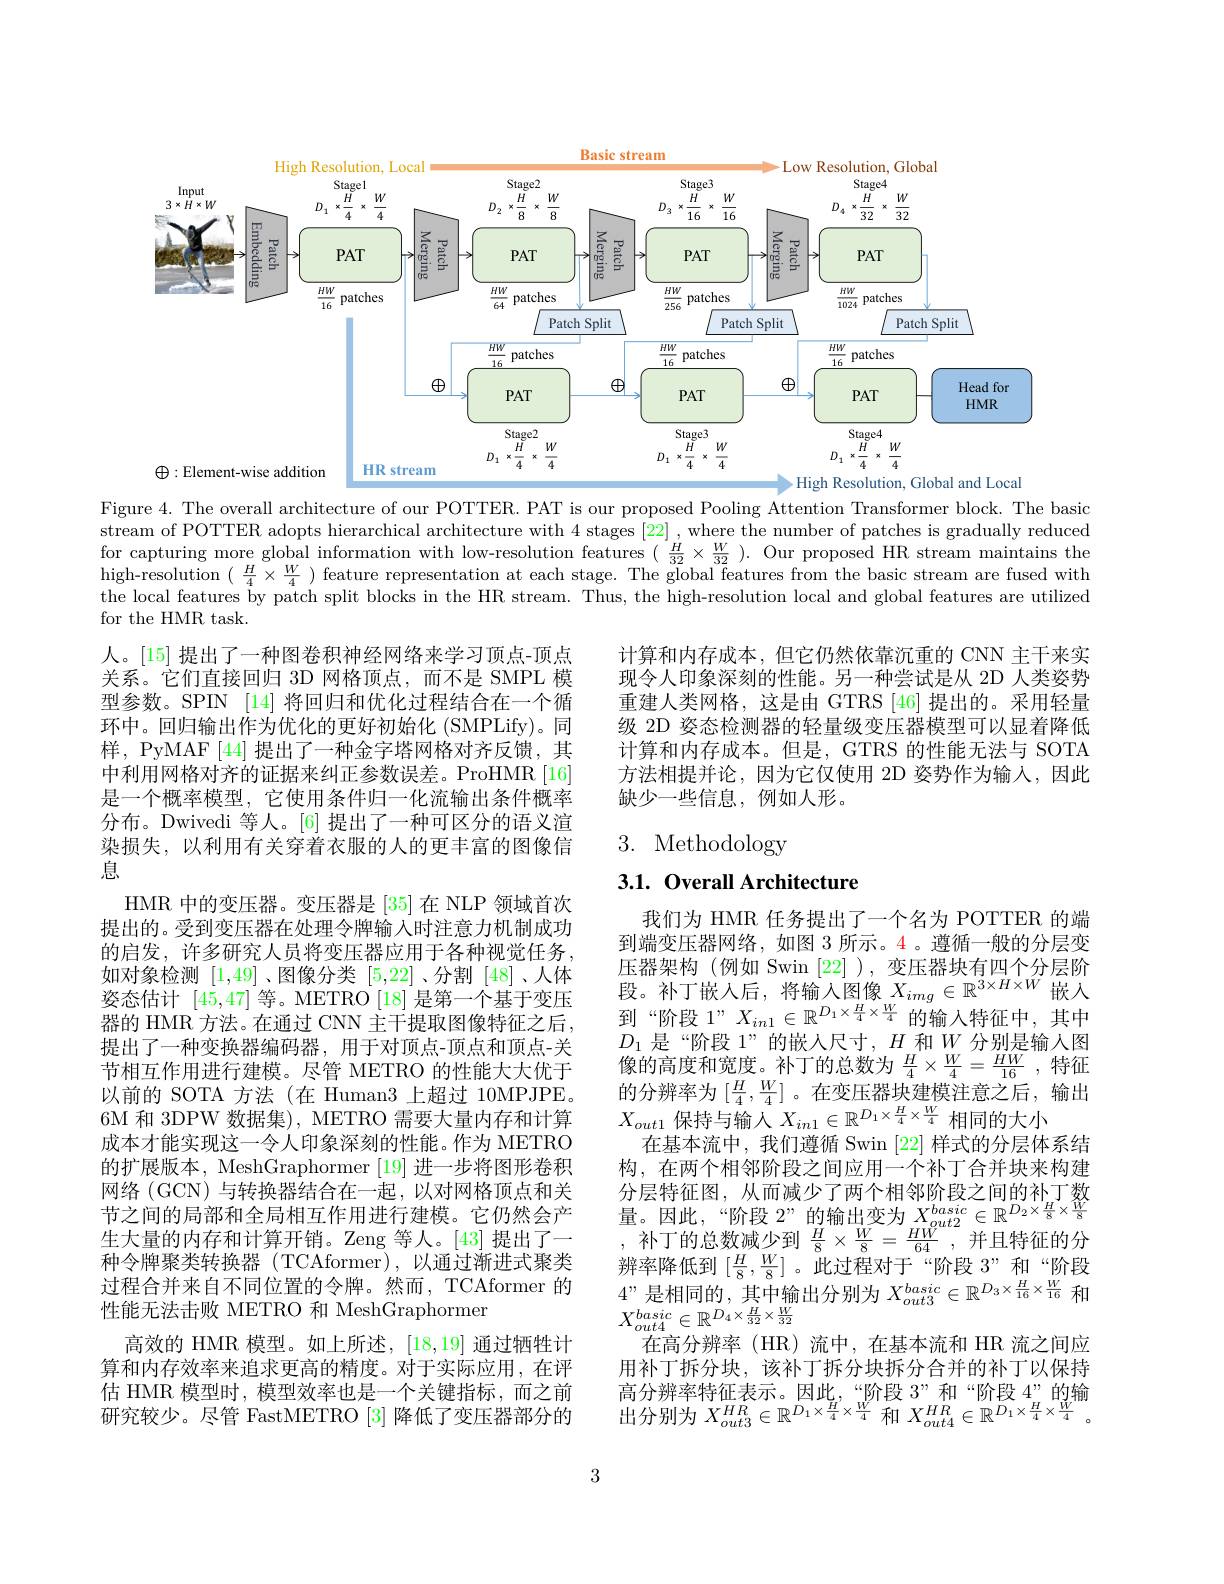
<FigureHere>

Figure 4. The overall architecture of our POTTER. PAT is our proposed Pooling Attention Transformer block. The basic stream of POTTER adopts hierarchical architecture with 4 stages [22], where the number of patches is gradually reduced for capturing more global information with low-resolution features $(\frac H{32}\times\frac W{32}).$ Our proposed HR stream maintains the $\begin{array}{l}\text{high-resolution( }\frac{H}{4}\times\frac{W}{4})&\text{feature representation at each stage. The global features from the basic stream are fused with}\\\text{the local features by patch split blocks in the HR stream. Thus, the high-resolution local and global features are }\end{array}$ for the HMR task.

计算和内存成本，但它仍然依靠沉重的 CNN 主干来实现令人印象深刻的性能。另一种尝试是从 2D 人类姿势重建人类网格，这是由 GTRS [46] 提出的。采用轻量级 2D 姿态检测器的轻量级变压器模型可以显着降低计算和内存成本。但是，GTRS 的性能无法与 SOTA 方法相提并论，因为它仅使用 2D 姿势作为输入，因此缺少一些信息，例如人形。

# 3. Methodology

3.1. Overall Architecture

人。[15] 提出了一种图卷积神经网络来学习顶点-顶点关系。它们直接回归 3D 网格顶点，而不是 SMPL 模型参数。SPIN [14] 将回归和优化过程结合在一个循环中。回归输出作为优化的更好初始化 (SMPLify)。同样，PyMAF [44] 提出了一种金字塔网格对齐反馈，其中利用网格对齐的证据来纠正参数误差。ProHMR[16] 是一个概率模型，它使用条件归一化流输出条件概率分布。Dwivedi 等人。[6] 提出了一种可区分的语义渲染损失，以利用有关穿着衣服的人的更丰富的图像信息
HMR 中的变压器。变压器是[35]在 NLP 领域首次提出的。受到变压器在处理令牌输入时注意力机制成功的启发，许多研究人员将变压器应用于各种视觉任务， 如对象检测[1,49] 、图像分类[5,22] 、分割 [48]、人体姿态估计[45,47]等。METRO [18] 是第一个基于变压器的 HMR 方法。在通过 CNN 主干提取图像特征之后， 提出了一种变换器编码器，用于对顶点-顶点和顶点-关节相互作用进行建模。尽管 METRO 的性能大大优于以前的 SOTA 方法(在 Human3 上超过 10MPJPE。6M 和 3DPW 数据集), METRO 需要大量内存和计算成本才能实现这一令人印象深刻的性能。作为 METRO 的扩展版本，MeshGraphormer [19] 进一步将图形卷积网络 (GCN) 与转换器结合在一起，以对网格顶点和关节之间的局部和全局相互作用进行建模。它仍然会产生大量的内存和计算开销。Zeng 等人。[43] 提出了一种令牌聚类转换器(TCAformer),以通过渐进式聚类过程合并来自不同位置的令牌。然而，TCAformer 的性能无法击败 METRO 和 MeshGraphormer
高效的 HMR 模型。如上所述，[18,19] 通过牺牲计算和内存效率来追求更高的精度。对于实际应用，在评估 HMR 模型时，模型效率也是一个关键指标，而之前研究较少。尽管 FastMETRO [3] 降低了变压器部分的

我们为 HMR 任务提出了一个名为 POTTER 的端到端变压器网络，如图 3 所示。4 。遵循一般的分层变压器架构 (例如 Swin [22]),变压器块有四个分层阶到“阶段 1”$X_in1\in\mathbb{R}^{D_1\times\frac H4\times\frac W4}$的输入特征中，其中$\begin{array}{l}D_{1}\text{ 是“阶段 }1”的嵌人尺寸，H\text{ 和 }W\text{ 分别是输入图}\\\text{像的高度和宽度。补丁的总数为 }\frac{H}{4}\times\frac{W}{4}=\frac{HW}{16},\text{特征}\end{array}$ 的分辨率为$[\frac H4,\frac W4]$ 。在变压器块建模注意之后，输出$X_{out1}$保持与输人$X_in1\in\mathbb{R}^{D_1\times\frac H4\times\frac W4}$相同的大小
在基本流中，我们遵循 Swin [22] 样式的分层体系结构，在两个相邻阶段之间应用一个补丁合并块来构建分 层 特 征 图 , 从 而 减 少 了 两 个 相 邻 阶 段 之 间 的 补 丁 数 量 。因 此 , “ 阶 段 2” 的 输 出 变 为 $X_{out2}^{basic}\in \mathbb{R} ^{D_2\times \frac H8\times \frac W8}$ $\text{认 下 的 凸 数 减 小 到 }^H\vee W- HW^{W}$ 并 日 性 征 的 公,补丁的总数减少到$\frac H8\times\frac W8=\frac{HW}{64}$,并且特征的分辨率降低到$[\frac H8,\frac W8]$ 。此过程对于“阶段 3”和“阶段4”是相同的，其中输出分别为$X_out3^{basic}\in\mathbb{R}^{D_3\times\frac H{16}\times\frac W{16}}$和$X_{out4}^{basic}\in\mathbb{R}^{D_4\times\frac{H}{32}\times\frac{W}{32}}$
在高分辨率(HR)流中，在基本流和 HR 流之间应用补丁拆分块，该补丁拆分块拆分合并的补丁以保持$\begin{array}{l}\text{高分辨率特征表示。因此，“阶段 3”和“阶段 4”的输}\\\text{出分别为 }X_{out3}^{HR}\in\mathbb{R}^{D_1\times\frac H4\times\frac W4}\text{ 和 }X_{out4}^{HR}\in\mathbb{R}^{D_1\times\frac H4\times\frac W4}。\end{array}$

3